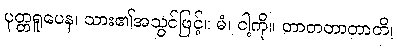
ပုတ္တရူပေန၊ သား၏အသွင်ဖြင့်။ မံ၊ ငါ့ကို။ တာတတာတာတိ၊